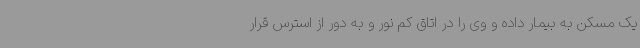
یک مسکن به بیمار داده و وی را در اتاق کم نور و به دور از استرس قرار